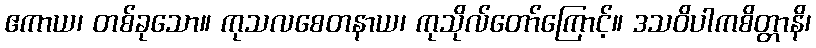
ဧကာယ၊ တစ်ခုသော။ ကုသလစေတနာယ၊ ကုသိုလ်တော်ကြောင့်။ ဒသဝိပါကစိတ္တာနိ၊